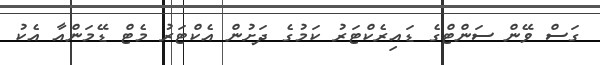
ގަސް ވޭން ސަންޓްގެ ޑައިރެކްޓަރު ކަމުގެ ދަށުން އެކްޓަރު މެޓް ޑޭމަންއާ އެކު